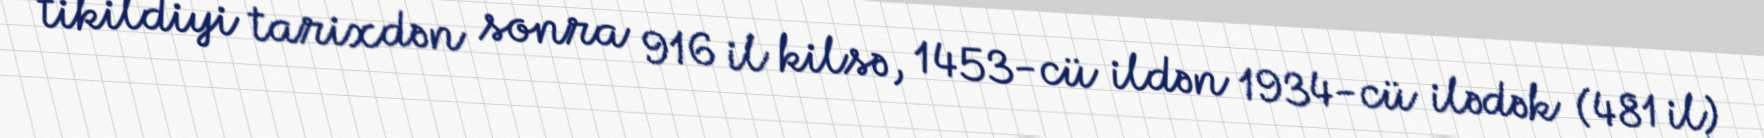
tikildiyi tarixdən sonra 916 il kilsə, 1453-cü ildən 1934-cü ilədək (481 il)